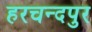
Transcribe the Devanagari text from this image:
हरचन्दपुर